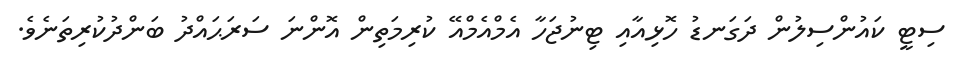
ސިޓީ ކައުންސިލުން ދަގަނޑު ހޮޅިއާއި ޓިނުޖަހާ އެމްއެމްއޭ ކުރިމަތިން އޮންނަ ސަރަޙައްދު ބަންދުކުރިތަނެވެ.